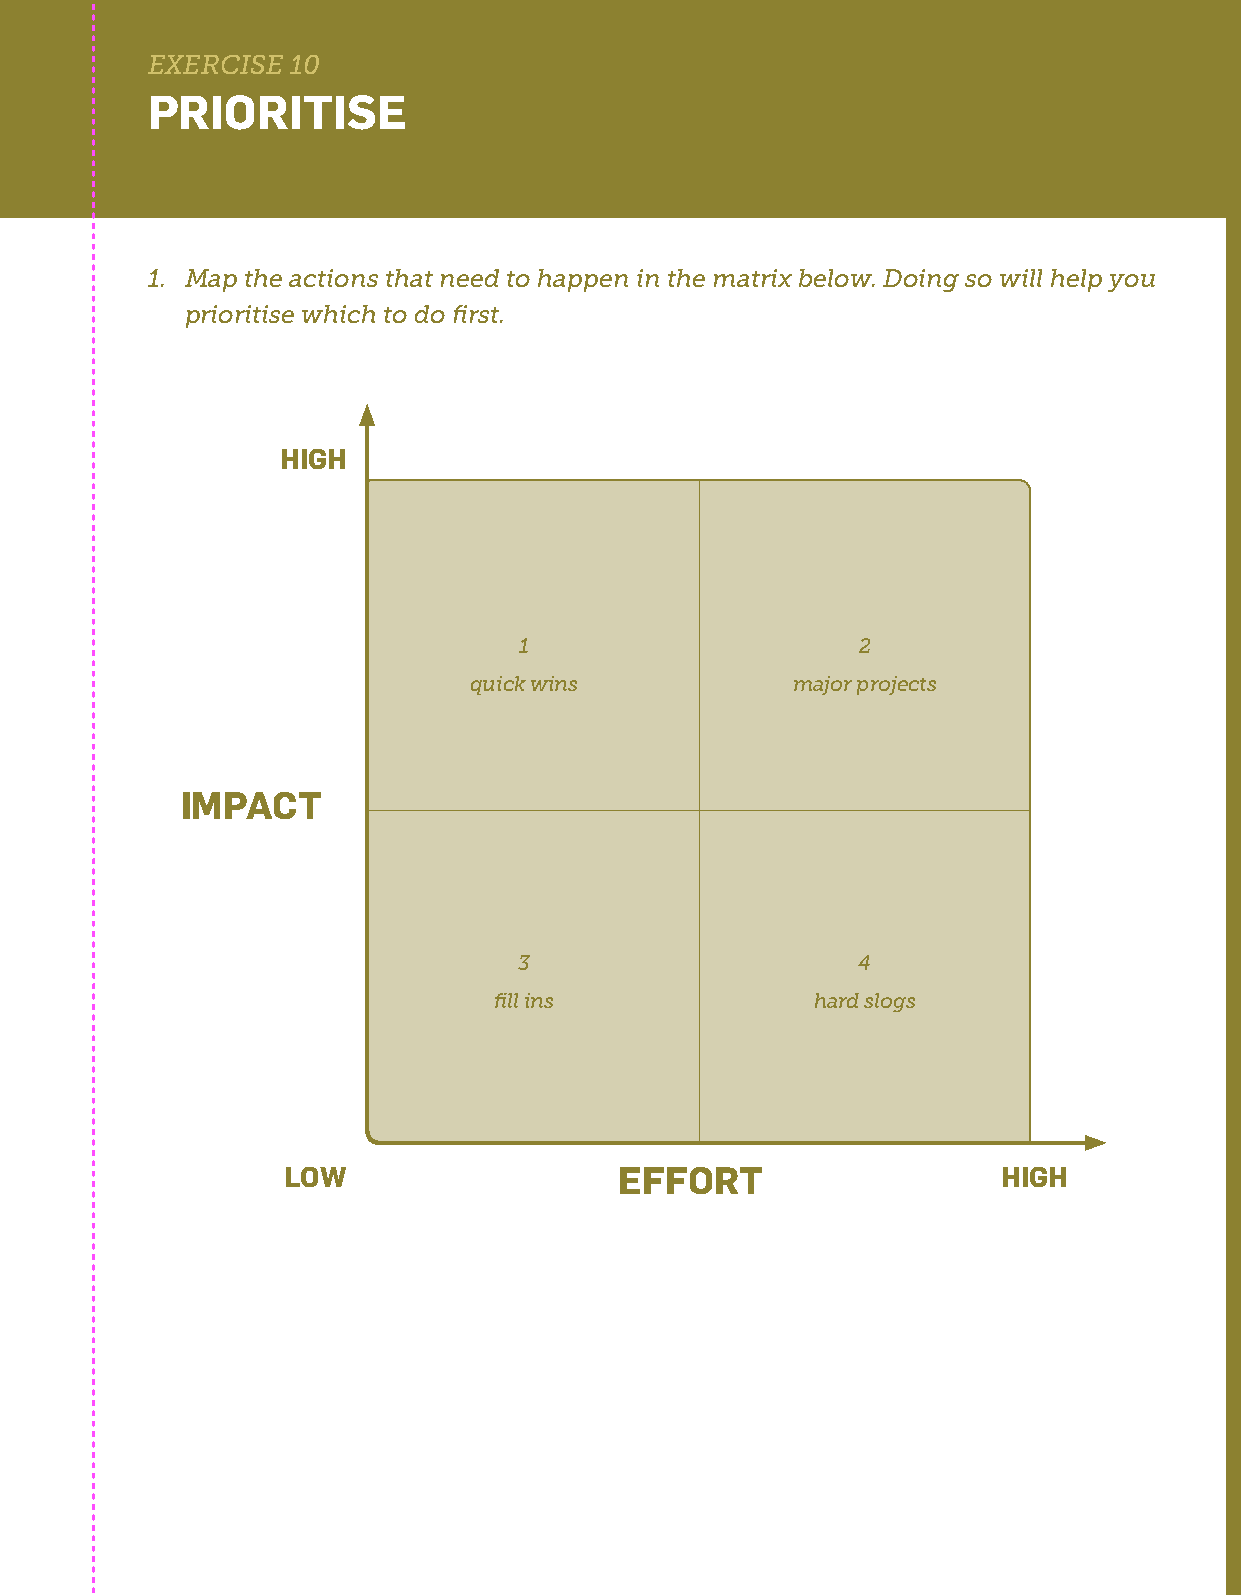
EXERCISE 10
 PRIORITISE
 1. Map the actions that need to happen in the matrix below. Doing so will help you
 prioritise which to do first.
 HIGH
 1                      2
 quick wins           major projects
 IMPACT
 3                      4
 fill ins             hard slogs
 LOW                   EFFORT                   HIGH